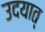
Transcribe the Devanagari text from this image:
उदयात्‌